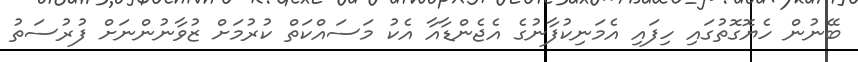
ބޭނުން ހެޔޮގޮތުގައި ހިފައި އެމަނިކުފާނުގެ އެޖެންޑާއާ އެކު މަސައްކަތް ކުރުމަށް ޒުވާނުންނަށް ފުރުސަތު